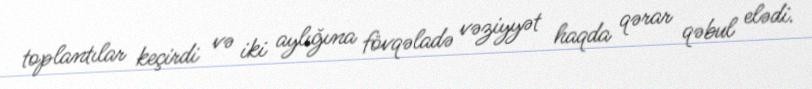
toplantılar keçirdi və iki aylığına fövqəladə vəziyyət haqda qərar qəbul elədi.